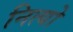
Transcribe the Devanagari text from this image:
नित्यो